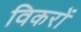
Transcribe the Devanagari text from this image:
विकरों